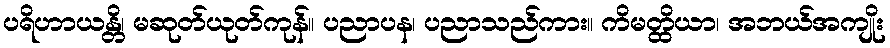
ပရိဟာယန္တိ၊ မဆုတ်ယုတ်ကုန်။ ပညာပန၊ ပညာသည်ကား။ ကိမတ္ထိယာ၊ အဘယ်အကျိုး